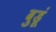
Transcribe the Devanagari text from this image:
बुडूं